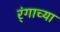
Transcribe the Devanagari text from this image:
र्ंगाच्या